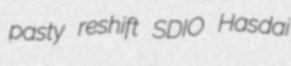
pasty reshift SDIO Hasdai